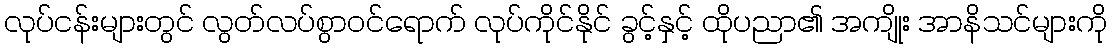
လုပ်ငန်းများတွင် လွတ်လပ်စွာဝင်ရောက် လုပ်ကိုင်နိုင် ခွင့်နှင့် ထိုပညာ၏ အကျိုး အာနိသင်များကို